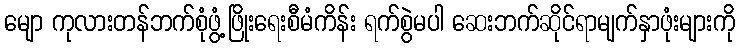
မျော ကုလားတန်ဘက်စုံဖွံ့ဖြိုးရေးစီမံကိန်း ရက်စွဲမပါ ဆေးဘက်ဆိုင်ရာမျက်နှာဖုံးများကို